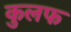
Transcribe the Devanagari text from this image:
कुलफ